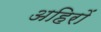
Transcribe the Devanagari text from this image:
अहिरों